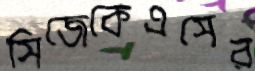
সিজেকেএসের